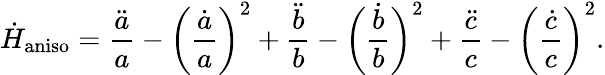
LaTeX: \dot{H}_{\mathrm{aniso}}=\frac{\ddot{a}}{a}-\bigg(\frac{\dot{a}}{a}\bigg)^{2}+\frac{\ddot{b}}{b}-\bigg(\frac{\dot{b}}{b}\bigg)^{2}+\frac{\ddot{c}}{c}-\bigg(\frac{\dot{c}}{c}\bigg)^{2}.